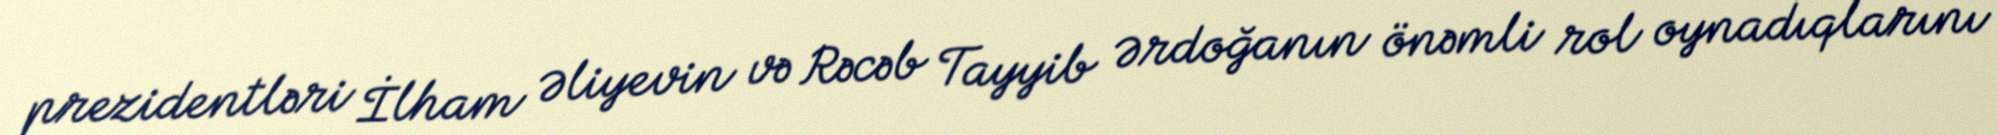
prezidentləri İlham Əliyevin və Rəcəb Tayyib Ərdoğanın önəmli rol oynadıqlarını